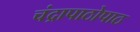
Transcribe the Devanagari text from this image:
चंद्रापाठोपाठ